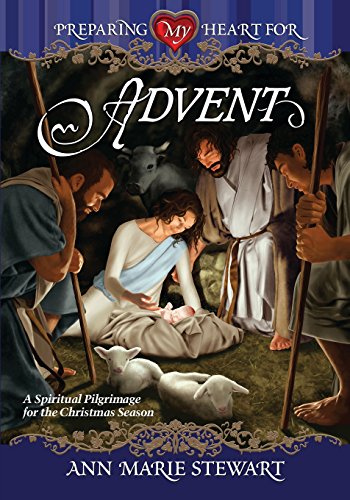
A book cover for Preparing My Heart for Advent; Ann Marie Stewart; Christian Books & Bibles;